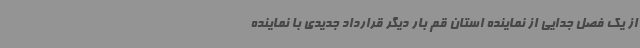
از یک فصل جدایی از نماینده استان قم بار دیگر قرارداد جدیدی با نماینده